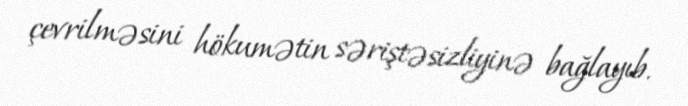
çevrilməsini hökumətin səriştəsizliyinə bağlayıb.